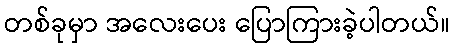
တစ်ခုမှာ အလေးပေး ပြောကြားခဲ့ပါတယ်။